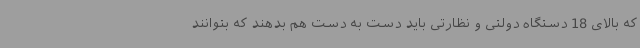
که بالای 18 دستگاه دولتی و نظارتی باید دست به دست هم بدهند که بتوانند